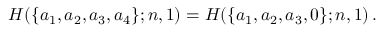
H ( \{ a _ { 1 } , a _ { 2 } , a _ { 3 } , a _ { 4 } \} ; n , 1 ) = H ( \{ a _ { 1 } , a _ { 2 } , a _ { 3 } , 0 \} ; n , 1 ) \, .